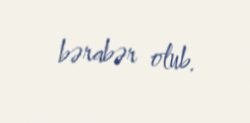
bərabər olub.